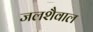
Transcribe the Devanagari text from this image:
जलशैवाल